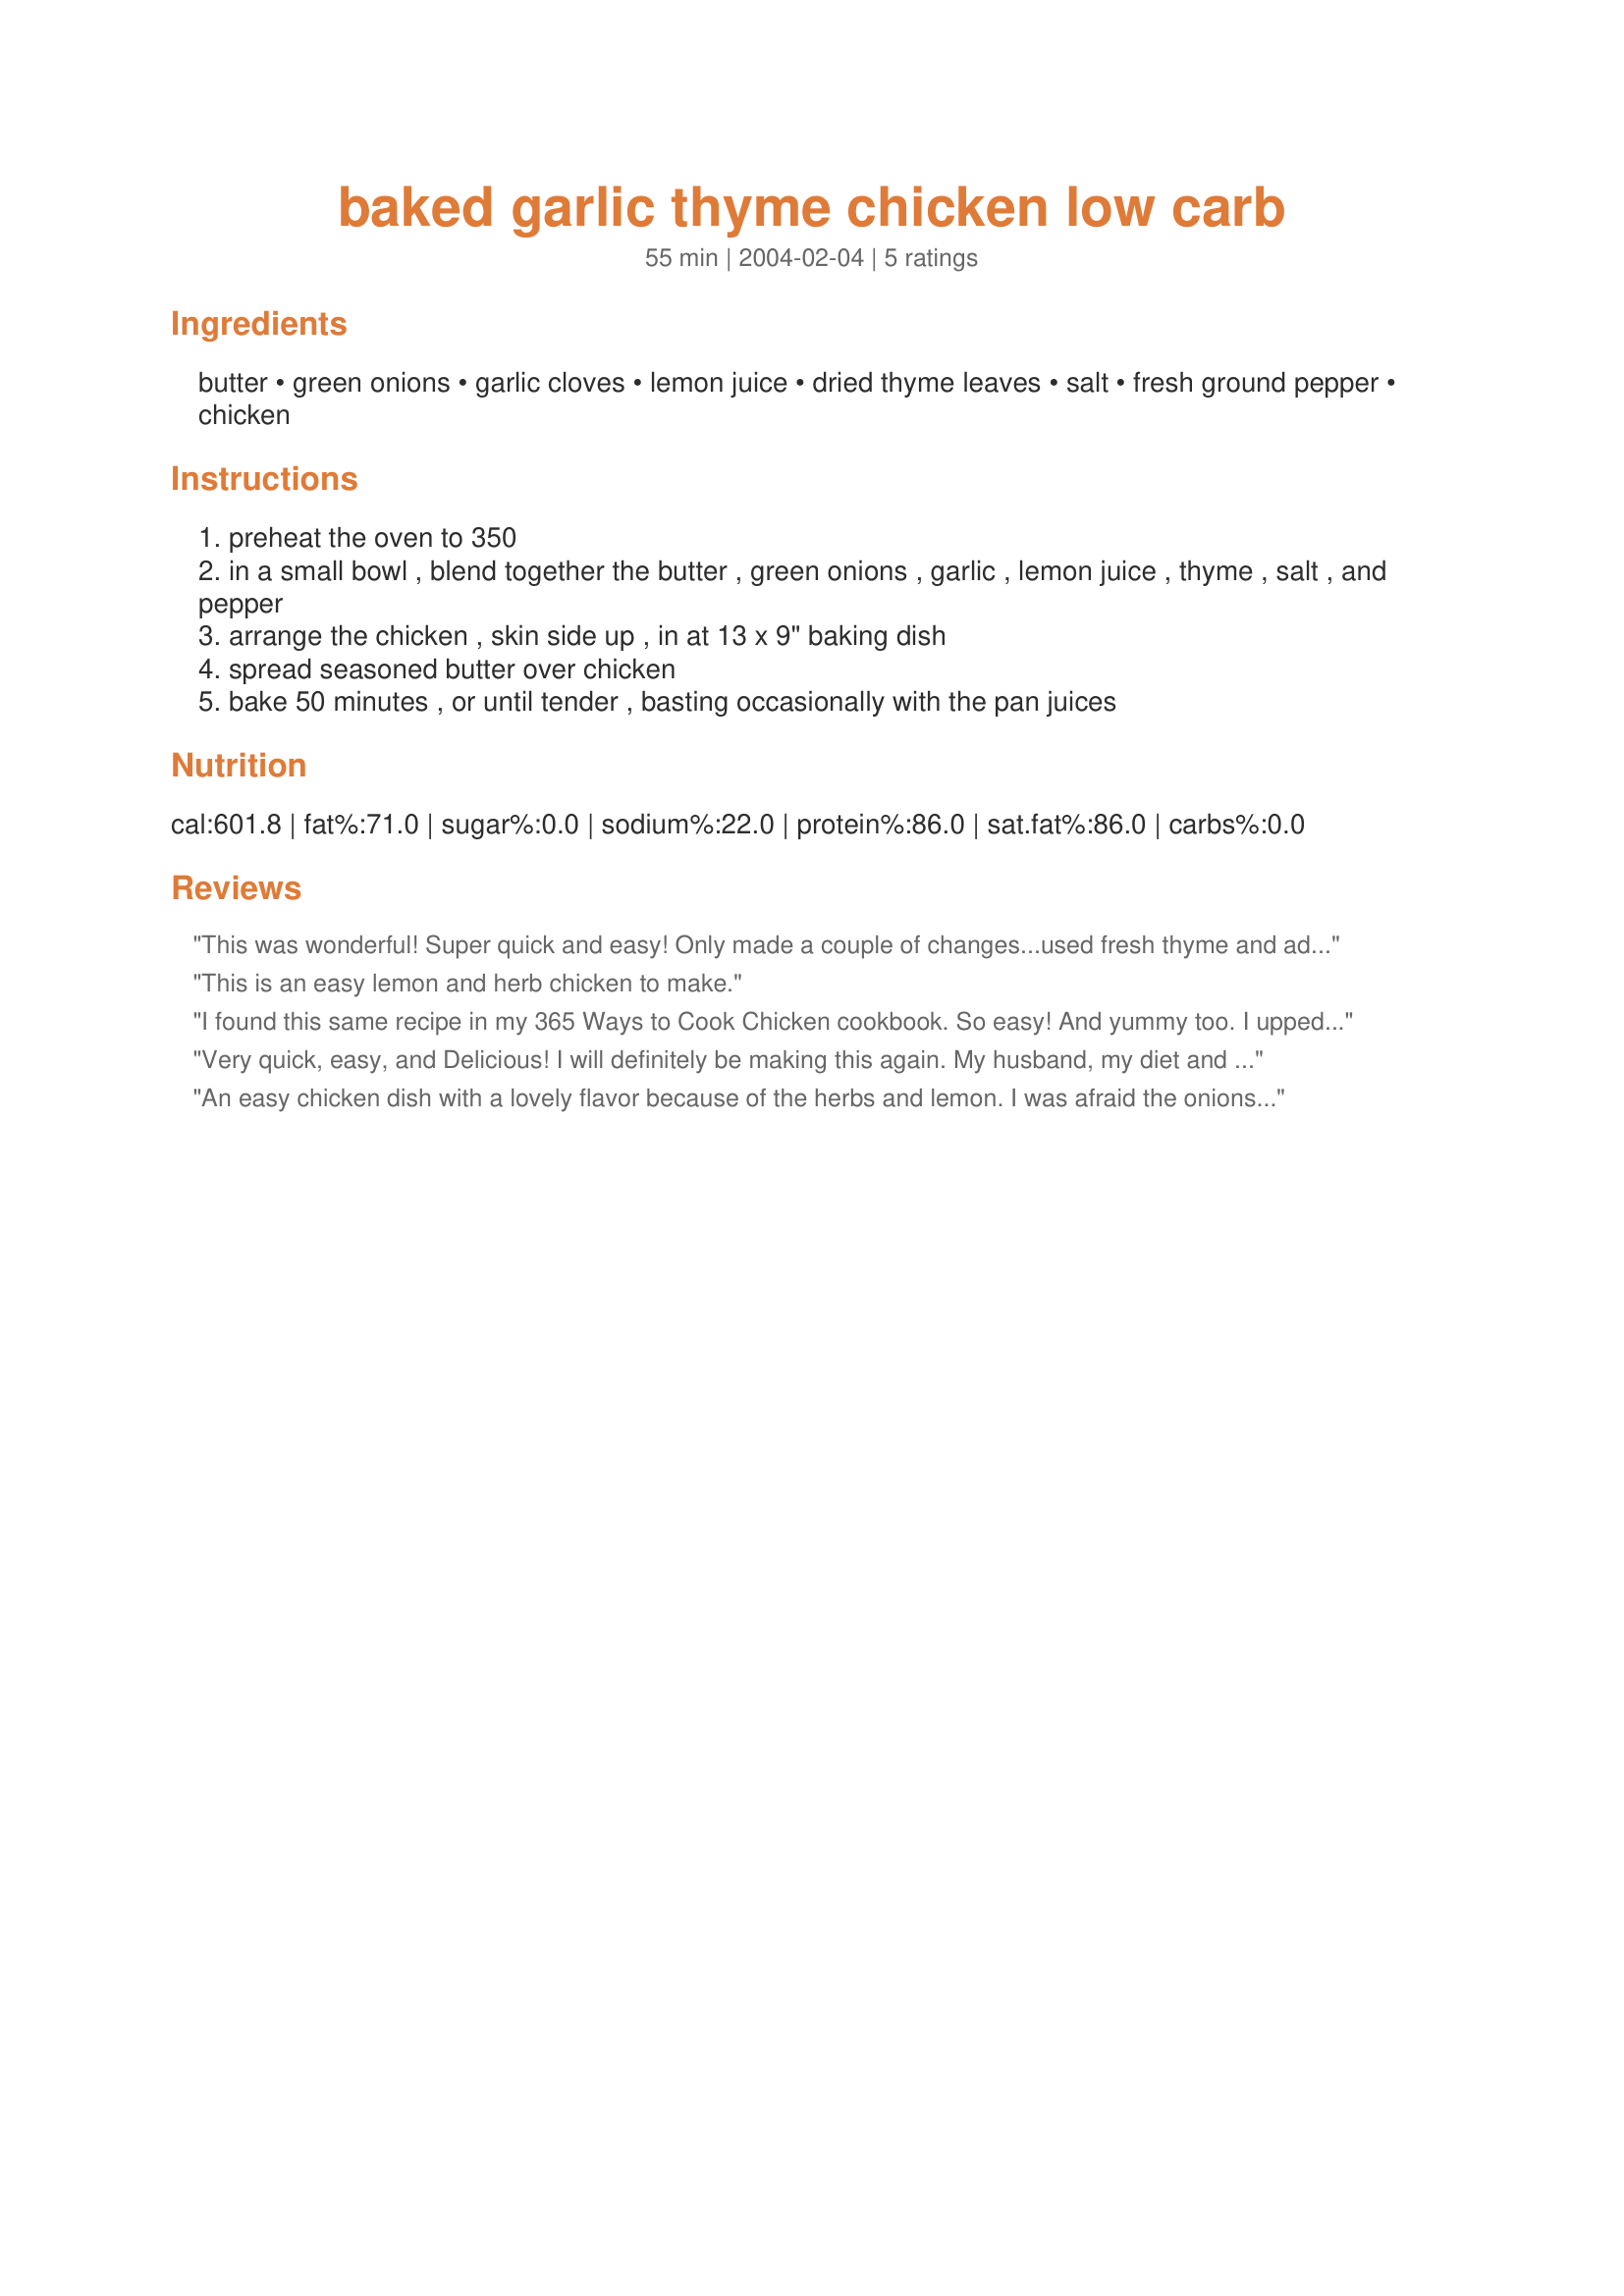
baked garlic thyme chicken low carb
Preparation time: 55 minutes

Ingredients:
butter, green onions, garlic cloves, lemon juice, dried thyme leaves, salt, fresh ground pepper, chicken

Steps:
preheat the oven to 350
in a small bowl , blend together the butter , green onions , garlic , lemon juice , thyme , salt , and pepper
arrange the chicken , skin side up , in at 13 x 9" baking dish
spread seasoned butter over chicken
bake 50 minutes , or until tender , basting occasionally with the pan juices

Reviews:
This was wonderful! Super quick and easy! Only made a couple of changes...used fresh thyme and added fresh rosemary! It was delightful and flavorful. Thank you.
This is an easy lemon and herb chicken to make.
I found this same recipe in my 365 Ways to Cook Chicken cookbook. So easy! And yummy too. I upped the green onions to three and omitted the salt (added after cooking). Melted the butter in the microwave, then added the garlic, onion and herbs. Set aside while I cut up the chicken. By the time I was ready for the baste, the butter had exactly the right consistancy for spreading. I didn't even really need to baste! So tender and flavorful! Yum! The timing is exactly right too. I wouldn't change a thing! :)
Very quick, easy, and Delicious! I will definitely be making this again. My husband, my diet and I thank you!!!
An easy chicken dish with a lovely flavor because of the herbs and lemon.
I was afraid the onions would burn but they didn't.
Will make this again!
